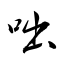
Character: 咄